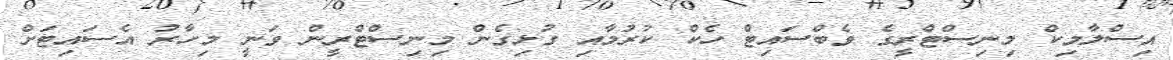
އިސްލާމިކް މިނިސްޓްރީގެ ވެބްސައިޓް ހެކް ކުރުމާއި ގުޅިގެން މިނިސްޓްރީން ވަނީ މިހާރު އެސައިޓަށް